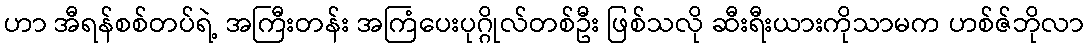
ဟာ အီရန်စစ်တပ်ရဲ့ အကြီးတန်း အကြံပေးပုဂ္ဂိုလ်တစ်ဦး ဖြစ်သလို ဆီးရီးယားကိုသာမက ဟစ်ဇ်ဘိုလာ